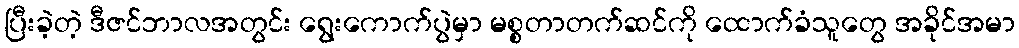
ပြီးခဲ့တဲ့ ဒီဇင်ဘာလအတွင်း ရွေးကောက်ပွဲမှာ မစ္စတာတက်ဆင်ကို ထောက်ခံသူတွေ အခိုင်အမာ